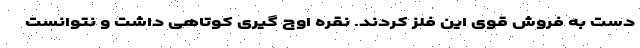
دست به فروش قوی این فلز کردند. نقره اوج گیری کوتاهی داشت و نتوانست